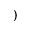
)